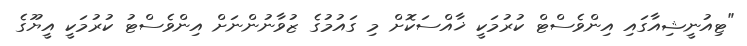
"ޓިއުނީޝިއާގައި އިންވެސްޓް ކުރުމަކީ ޚާއްސަކޮށް މި ގައުމުގެ ޒުވާނުންނަށް އިންވެސްޓު ކުރުމަކީ އީޔޫގެ